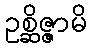
ဥစ္ဆိဇ္ဇာမိ